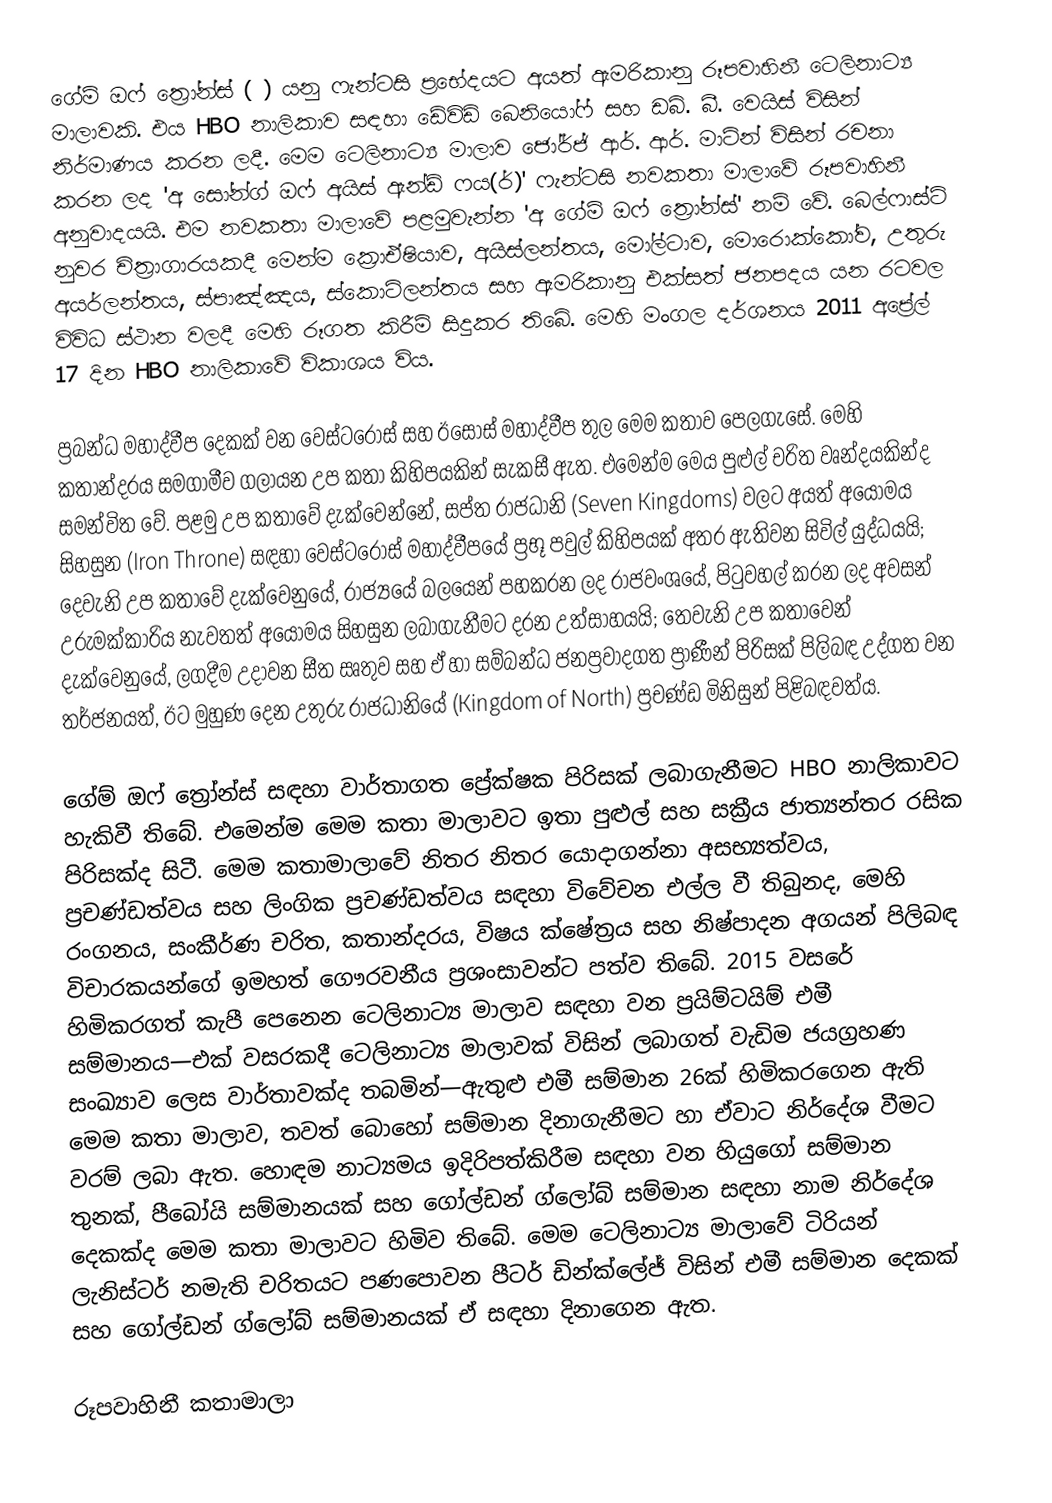
ගේම් ඔෆ් ත්‍රෝන්ස්    (  )   යනු ෆැන්ටසි ප්‍රභේදයට අයත් ඇමරිකානු රූපවාහිනී ටෙලිනාට්‍ය මාලාවකි. එය HBO නාලිකාව සඳහා ඩේවිඩ් බෙනියෝෆ් සහ ඩබ්. බී. වෙයිස් විසින් නිර්මාණය කරන ලදී. මෙම ටෙලිනාට්‍ය මාලාව ජෝර්ජ් ආර්. ආර්. මාටින් විසින් රචනා කරන ලද 'අ සෝන්ග් ඔෆ් අයිස් ඇන්ඩ් ෆය(ර්)' ෆැන්ටසි නවකතා මාලාවේ රූපවාහිනී අනුවාදයයි. එම නවකතා මාලාවේ පළමුවැන්න 'අ ගේම් ඔෆ් ත්‍රෝන්ස්' නම් වේ. බෙල්ෆාස්ට් නුවර චිත්‍රාගාරයකදී මෙන්ම ක්‍රොඒෂියාව, අයිස්ලන්තය, මෝල්ටාව, මොරොක්කෝව, උතුරු අයර්ලන්තය, ස්පාඤ්ඤය, ස්කොට්ලන්තය සහ ඇමරිකානු එක්සත් ජනපදය යන රටවල විවිධ ස්ථාන වලදී මෙහි රූගත කිරීම් සිදුකර තිබේ. මෙහි මංගල දර්ශනය 2011 අප්‍රේල් 17 දින HBO නාලිකාවේ විකාශය විය.

ප්‍රබන්ධ මහාද්වීප දෙකක් වන වෙස්ටරෝස් සහ ඊසෝස් මහාද්වීප තුල මෙම කතාව පෙලගැසේ. මෙහි කතාන්දරය සමගාමීව ගලායන උප කතා කිහිපයකින් සැකසී ඇත. එමෙන්ම මෙය පුළුල් චරිත වෘන්දයකින්ද සමන්විත වේ. පළමු උප කතාවේ දැක්වෙන්නේ, සප්ත රාජධානි (Seven Kingdoms) වලට අයත් අයෝමය සිහසුන (Iron Throne) සඳහා වෙස්ටරෝස් මහාද්වීපයේ ප්‍රභූ පවුල් කිහිපයක් අතර ඇතිවන සිවිල් යුද්ධයයි; දෙවැනි උප කතාවේ දැක්වෙනුයේ, රාජ්‍යයේ බලයෙන් පහකරන ලද රාජවංශයේ, පිටුවහල් කරන ලද අවසන් උරුමක්කාරිය නැවතත් අයෝමය සිහසුන ලබාගැනීමට දරන උත්සාහයයි; තෙවැනි උප කතාවෙන් දැක්වෙනුයේ, ලගදීම උදාවන සීත සෘතුව සහ ඒ හා සම්බන්ධ ජනප්‍රවාදගත ප්‍රාණීන් පිරිසක් පිලිබඳ උද්ගත වන තර්ජනයත්, ඊට මුහුණ දෙන උතුරු රාජධානියේ (Kingdom of North) ප්‍රචණ්ඩ මිනිසුන් පිළිබඳවත්ය.

ගේම් ඔෆ් ත්‍රෝන්ස්  සඳහා වාර්තාගත ප්‍රේක්ෂක පිරිසක් ලබාගැනීමට HBO නාලිකාවට හැකිවී තිබේ. එමෙන්ම මෙම කතා මාලාවට ඉතා පුළුල් සහ සක්‍රීය ජාත්‍යන්තර රසික පිරිසක්ද සිටී. මෙම කතාමාලාවේ නිතර නිතර යොදාගන්නා අසභ්‍යත්වය, ප්‍රචණ්ඩත්වය සහ ලිංගික ප්‍රචණ්ඩත්වය සඳහා විවේචන එල්ල වී තිබුනද, මෙහි රංගනය, සංකීර්ණ චරිත, කතාන්දරය, විෂය ක්ෂේත්‍රය සහ නිෂ්පාදන අගයන් පිලිබඳ විචාරකයන්ගේ ඉමහත් ගෞරවනීය ප්‍රශංසාවන්ට පත්ව තිබේ. 2015 වසරේ හිමිකරගත් කැපී පෙනෙන ටෙලිනාට්‍ය මාලාව සඳහා වන ප්‍රයිම්ටයිම් එමී සම්මානය—එක් වසරකදී ටෙලිනාට්‍ය මාලාවක් විසින් ලබාගත් වැඩිම ජයග්‍රහණ සංඛ්‍යාව ලෙස වාර්තාවක්ද තබමින්—ඇතුළු එමී සම්මාන 26ක් හිමිකරගෙන ඇති මෙම කතා මාලාව, තවත් බොහෝ සම්මාන දිනාගැනීමට හා ඒවාට නිර්දේශ වීමට වරම් ලබා ඇත. හොඳම නාට්‍යමය ඉදිරිපත්කිරීම සඳහා වන හියුගෝ සම්මාන තුනක්, පීබෝයි සම්මානයක් සහ ගෝල්ඩන් ග්ලෝබ් සම්මාන සඳහා නාම නිර්දේශ දෙකක්ද මෙම කතා මාලාවට හිමිව තිබේ. මෙම ටෙලිනාට්‍ය මාලාවේ ටිරියන් ලැනිස්ටර් නමැති චරිතයට පණපොවන පීටර් ඩින්ක්ලේජ් විසින් එමී සම්මාන දෙකක් සහ ගෝල්ඩන් ග්ලෝබ් සම්මානයක් ඒ සඳහා දිනාගෙන ඇත.

රූපවාහිනී කතාමාලා